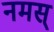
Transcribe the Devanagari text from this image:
नमस्‌